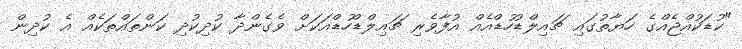
"ކުޑަކުއްޖެއްގެ ހަޔާތުގައި ޗައިލްޑުހުޑްއެއް އުފާވެރި ޗައިލްޑްހުޑްއަކަށް ވެގެންދާ ކުދިކުދި ކަންތައްތަކެއް އެ ކުދިން